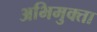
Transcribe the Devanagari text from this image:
अभिमुक्‍ता